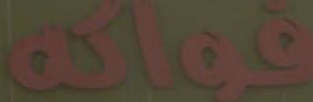
فواكه